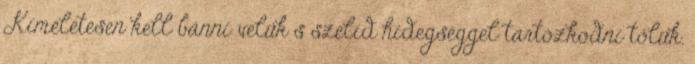
Kíméletesen kell bánni velük s szelíd hidegséggel tartózkodni tőlük.